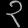
Digit: ၃